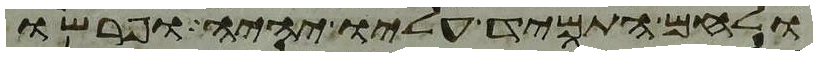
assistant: ולחם התמיד עליו יהיה ופרשו